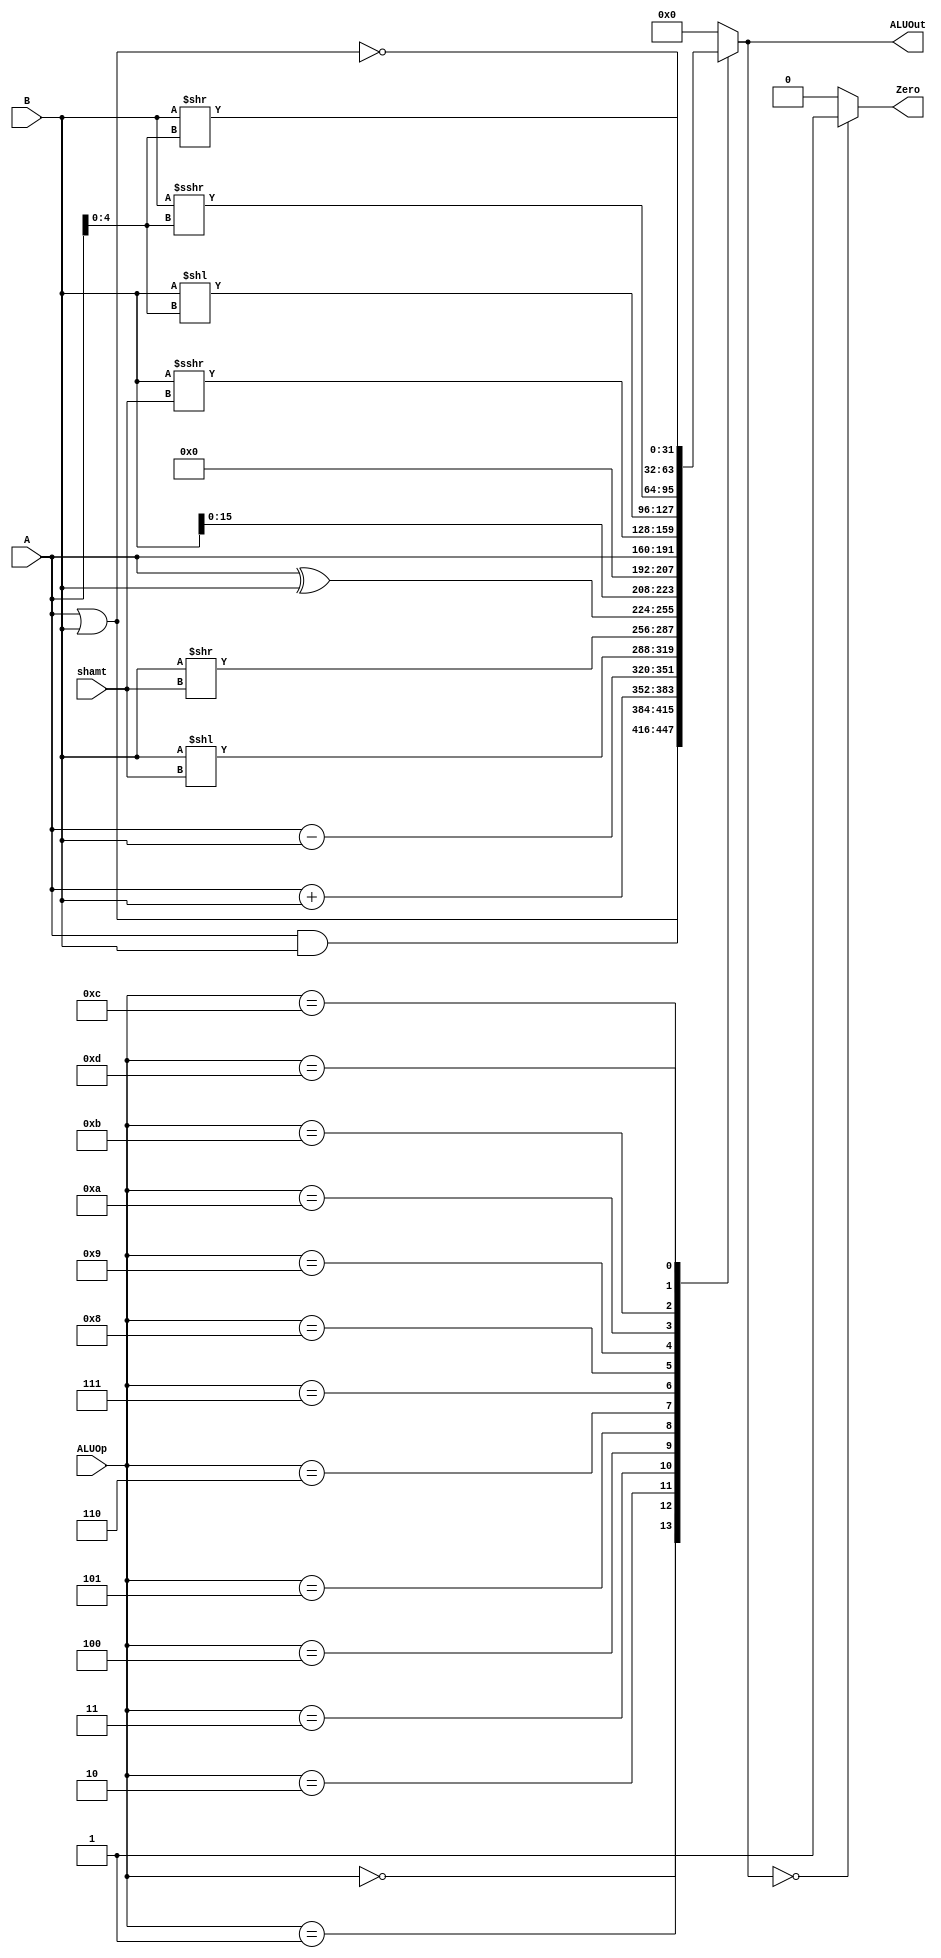
`timescale 1ns / 1ps
//////////////////////////////////////////////////////////////////////////////////
// Company: 
// Engineer: 
// 
// Design Name: 
// Module Name:    ALU 
// Project Name: 
// Target Devices: 
// Tool versions: 
// Description: 
//
// Dependencies: 
//
// Revision: 
// Revision 0.01 - File Created
// Additional Comments: 
//
//////////////////////////////////////////////////////////////////////////////////
module ALU(
	 input  [31:0] A,            //1
    input  [31:0] B,            //2
    input  [3:0] ALUOp,         //ALU
    input  [4:0] shamt,         //
	 output  [31:0] ALUOut,      //
	 output  Zero                //if ALUOut=0,Zero=1
    );
	 reg [31:0] result;
	 reg zero;
	 
	 parameter AND = 4'b0000,
				  OR = 4'b0001,
				  ADD = 4'b0010,
				  SUB = 4'b0011,
				  SLL = 4'b0100,
				  SRL = 4'b0101,
				  XOR = 4'b0110,
				  LUI = 4'b0111,
				  MOVE = 4'b1000,
				  SRA = 4'b1001,
				  SLLV = 4'b1010,
				  SRAV = 4'b1011,
				  NOR = 4'b1100,  //
				  SRLV = 4'b1101;
	 
	 assign ALUOut = result,
			  Zero = zero;
	 
	 always @(*) begin
		case (ALUOp[3:0])
			AND: result <= A & B;
			OR:  result <= A | B;
			ADD: result <= A + B;
			SUB: result <= A - B;
			SLL: result <= (B << shamt);
			SRL: result <= (B >> shamt);
			XOR: result <= A ^ B;      //
			LUI: result <= (B << 5'b10000);
			MOVE: result <= A;
			SRA: result <= ($signed(B) >>> shamt);
			SLLV: result <= (B << A[4:0]);
			SRAV: result <= ($signed(B) >>> A[4:0]);
			NOR: result <= ~(A | B);
			SRLV: result <= (B >> A[4:0]);
			default: result <= 32'h0000_0000;
		endcase
	 end
	 
	 always @(*) begin
		if(ALUOut == 0)
			zero <= 1'b1;
		else
			zero <= 1'b0;
	 end

endmodule